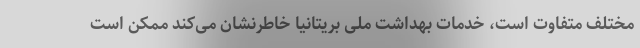
مختلف متفاوت است، خدمات بهداشت ملی بریتانیا خاطرنشان می‌کند ممکن است